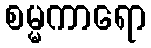
စမ္မကာရော